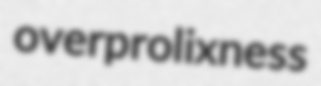
overprolixness